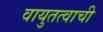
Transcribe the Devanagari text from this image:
वायुतत्वाची